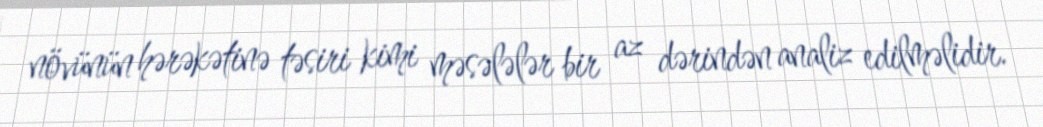
növünün hərəkətinə təsiri kimi məsələlər bir az dərindən analiz edilməlidir.